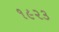
૧૯૨૩